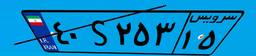
۴۰S۲۵۳۱۵